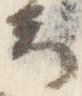
云